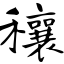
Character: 穰